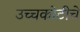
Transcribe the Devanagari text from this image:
उच्चकोटीचे